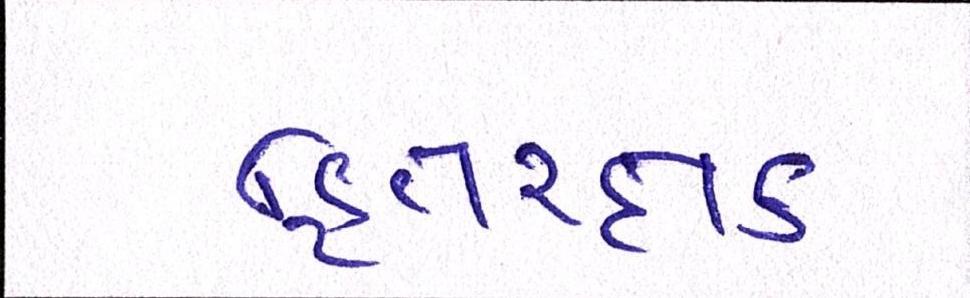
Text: હિતરક્ષક